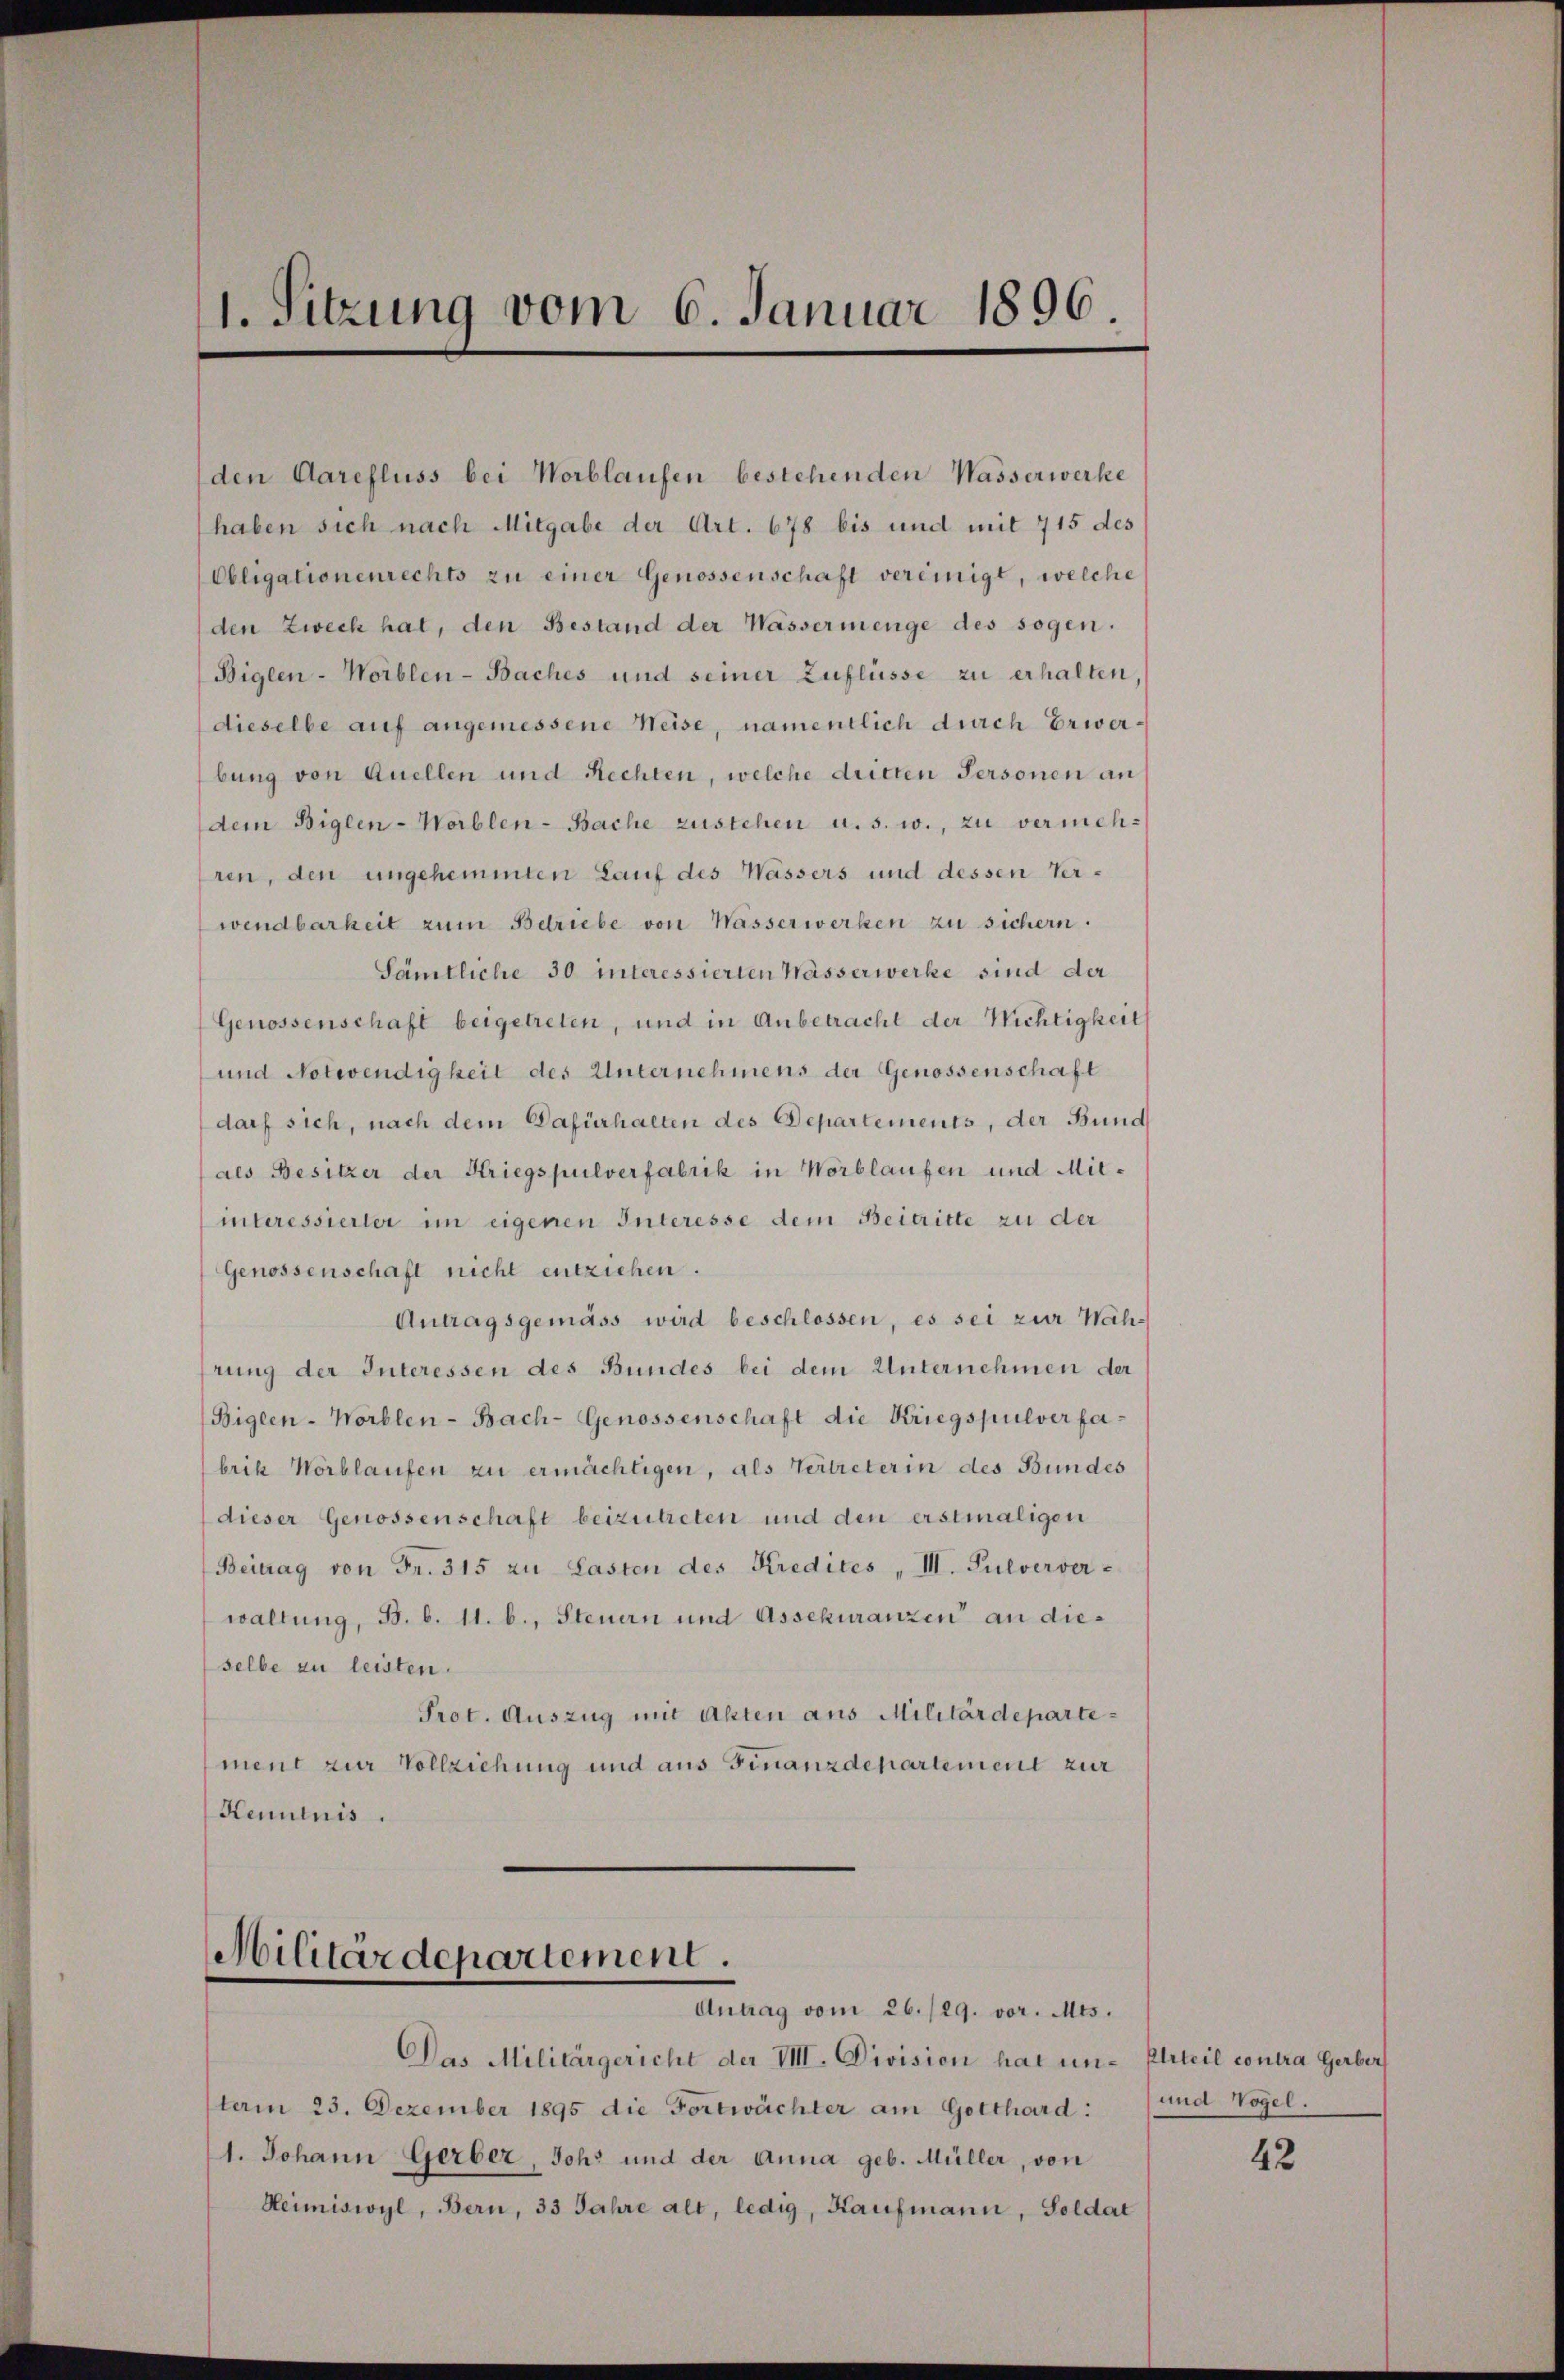
1. Sitzung vom 6. Januar 1896

den Aarefluss bei Worblaufen bestehenden Wasserwerke
haben sich nach Mitgabe der Art. 678 bis und mit 715 des
Obligationenrechts zu einer Genossenschaft vereinigt, welche
den Zweck hat, den Bestand der Wassermenge des sogen.
Biglen-Worblen-Baches und seiner Zuflüsse zu erhalten,
dieselbe auf angemessene Weise, namentlich durch Erwerbung von Quellen und Rechten, welche dritten Personen an
dem Biglen-Worblen-Bache zustehen u. s. w., zu vermehren, den ungehemmten Lauf des Wässers und dessen Verwendbarkeit zum Betriebe von Wasserwerken zu sichern.
Sämtliche 30 interessierten Wässerwerke sind der
Genossenschaft beigetreten, und in Anbetracht der Nichtigkeit
und Notwendigkeit des Unternehmens der Genossenschaft
darf sich, nach dem Dafürhalten des Departements, der Bund
als Besitzer der Kriegspulverfabrik in Worblaufen und Milinteressierter im eigenen Interesse dem Beitritte zu der
Genossenschaft nicht entziehen.
Antragsgemäss wird beschlossen, es sei zur Wah-
irung der Interessen des Bundes bei dem Unternehmen der
Biglen-Worblen-Bach-Genossenschaft die Kriegspulverfabrik Horblaufen zu ermächtigen, als Vertreterin des Bundes
dieser Genossenschaft beizutreten und den erstmaligen
Beitrag von Fr. 315 zu Lasten des Kredites „VII. Pulverver-
waltung, B. b. 11. b., Steuern und Assekuranzen an dieselbe zu leisten.
Prot. Auszug mit Akten aus Militärdepartement zur Vollziehung und aus Finanzdepartement zur
Kenntnis.

Militärdepartement.
Antrag vom 26./29. vor. Mts.

Das Militärgericht der VIII. Division hat un- Erteil contra Gerber
term 23. Dezember 1895 die Fortwächter am Gotthard:
1. Johann Gerber, Joh. und der Anna geb. Müller, von
Heimiswyl, Bern, 33 Jahre alt, ledig, Kaufmann, Soldat

und Vogel.

42